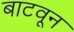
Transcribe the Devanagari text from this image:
बाटवून